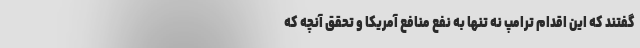
گفتند که این اقدام ترامپ نه تنها به نفع منافع آمریکا و تحقق آنچه که